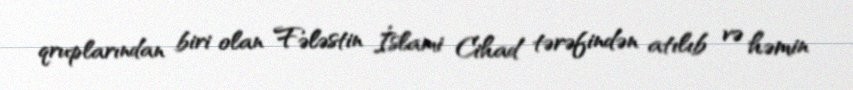
qruplarından biri olan Fələstin İslami Cihad tərəfindən atılıb və həmin